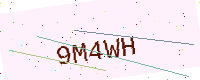
Text: 9M4WH